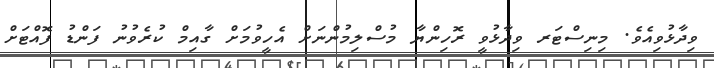
ވިދާޅުވިއެވެ. މިނިސްޓަރ ވިދާޅުވީ ރޮހިންޔާ މުސްލިމުންނަށް އެހީވުމަށް ގާއިމް ކުރެވުނު ފަންޑު ފޮއްޓަށް